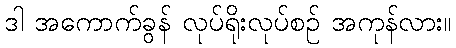
ဒါ အကောက်ခွန် လုပ်ရိုးလုပ်စဉ် အကုန်လား။